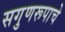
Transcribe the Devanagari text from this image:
सगुणरूपाचे